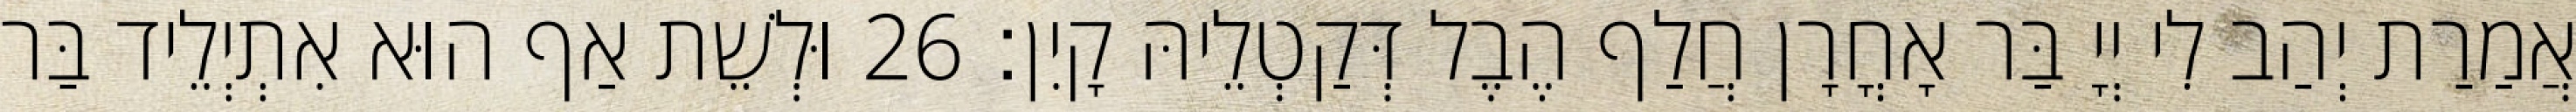
אֲמַרַת יְהַב לִי יְיָ בַּר אָחֳרָן חֲלַף הֶבֶל דְּקַטְלֵיהּ קָיִן׃ 26 וּלְשֵׁת אַף הוּא אִתְיְלֵיד בַּר